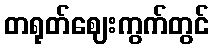
တရုတ်ဈေးကွက်တွင်